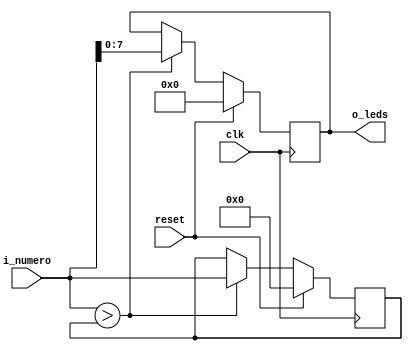
`timescale 1ns / 1ps
/*
//////////////////////////////////////////////////////////////////////////////////
// Company: 
// Engineer: 
// 
// Design Name: 
// Module Name:    Ejercicio4 
// Project Name: 
// Target Devices: 
// Tool versions: 
// Description: 
Desarrolle un modelo Verilog de un detector de picos que encuentre el valor mximo 
dentro de una secuencia de enteros sin signo de 10 bit.

 Un nuevo nmero arriba a la entrada con un flanco ascendente del reloj.
 
 El valor del mximo nmero ingresado deber ser mostrado en los 8 de los leds de usuario 
 presentes en el kit de desarrollo BASYS 2. Se deber implementar una seal de "RESET"
 utilizando uno de los pulsadores dispuestos en el kit para el usuario. 
 
 El valor mximo mostrado en los leds ser borrado (todos los leds apagados) cuando llegue un reset. 
// Dependencies: 
//
// Revision: 
// Revision 0.01 - File Created
// Additional Comments: 
//
//////////////////////////////////////////////////////////////////////////////////
*/
module Ejercicio4
(
	input wire [9:0] i_numero,
	output reg [7:0] o_leds,
	input wire reset,
	input wire clk    
);

	reg [9:0] mayor = 10'b0000000000;
	
	always@(posedge clk)
	begin
		//Si esta reset guardo en el mayor el 0.
		if(reset)
		begin
			mayor <= 0;
			o_leds <= 0;
		end
		else
		begin
			//Si no esta reset me fijo si la entrada supera a mayor
			if(i_numero > mayor)
			begin
				mayor <= i_numero;
				o_leds <= i_numero;
			end
		end
		
	end

endmodule